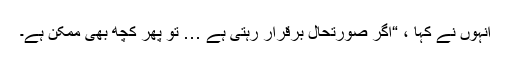
انہوں نے کہا ، “اگر صورتحال برقرار رہتی ہے … تو پھر کچھ بھی ممکن ہے۔